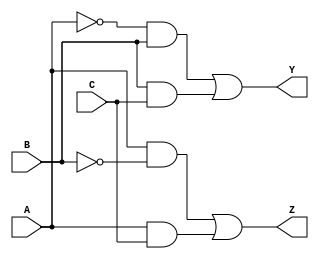
module reduced_logic_block (
    input wire A,      // Input A
    input wire B,      // Input B
    input wire C,      // Input C
    output wire Y,     // Output Y
    output wire Z      // Output Z
);

// Internal wires for the logic expressions
wire not_A;          // A'
wire not_B;          // B'
wire and1;           // A'B
wire and2;           // BC
wire and3;           // AB'
wire and4;           // AC

// NOT gates
assign not_A = ~A;       // A'
assign not_B = ~B;       // B'

// AND gates for output Y
assign and1 = not_A & B; // A'B
assign and2 = B & C;     // BC
assign Y = and1 | and2;  // Y = A'B + BC

// AND gates for output Z
assign and3 = A & not_B; // AB'
assign and4 = A & C;     // AC
assign Z = and3 | and4;  // Z = AB' + AC

endmodule